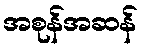
အစုန်အဆန်